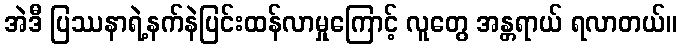
အဲဒီ ပြဿနာရဲ့နက်နဲပြင်းထန်လာမှုကြောင့် လူတွေ အန္တရာယ် ရလာတယ်။